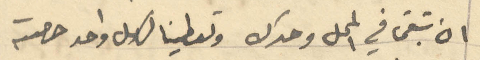
ان تبقى في المحل وحدك وتعطينا الى كل واحد حصته